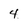
Character: 4